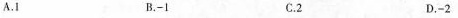
A.1 B.-1 C.2 D.-2